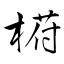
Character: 﨓